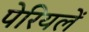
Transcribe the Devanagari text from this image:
पेरियलें